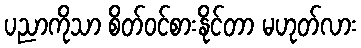
ပညာကိုသာ စိတ်ဝင်စားနိုင်တာ မဟုတ်လား